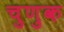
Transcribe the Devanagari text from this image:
चुणुक